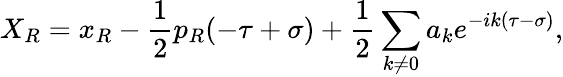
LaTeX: X_{R}=x_{R}-\frac{1}{2}p_{R}(-\tau+\sigma)+\frac{1}{2}\sum_{k\neq 0}a_{k}e^{-ik(\tau-\sigma)},